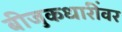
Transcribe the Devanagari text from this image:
बीजुकधारींवर